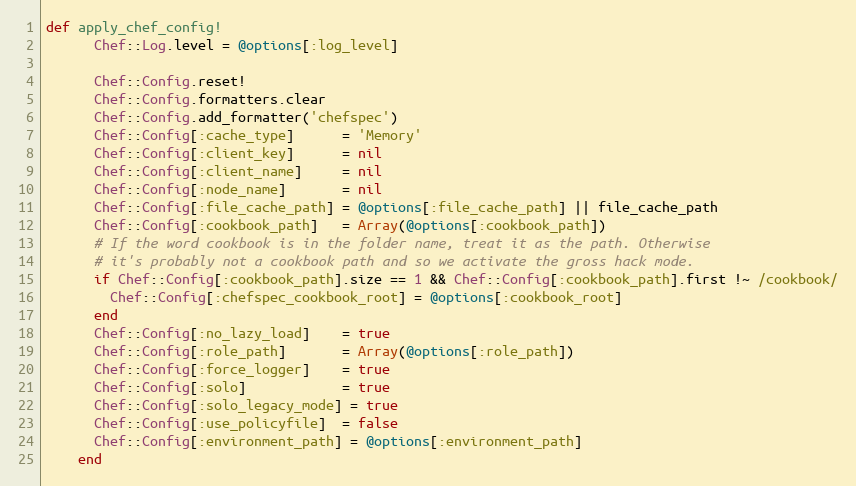
Language: Ruby
def apply_chef_config!
      Chef::Log.level = @options[:log_level]

      Chef::Config.reset!
      Chef::Config.formatters.clear
      Chef::Config.add_formatter('chefspec')
      Chef::Config[:cache_type]      = 'Memory'
      Chef::Config[:client_key]      = nil
      Chef::Config[:client_name]     = nil
      Chef::Config[:node_name]       = nil
      Chef::Config[:file_cache_path] = @options[:file_cache_path] || file_cache_path
      Chef::Config[:cookbook_path]   = Array(@options[:cookbook_path])
      # If the word cookbook is in the folder name, treat it as the path. Otherwise
      # it's probably not a cookbook path and so we activate the gross hack mode.
      if Chef::Config[:cookbook_path].size == 1 && Chef::Config[:cookbook_path].first !~ /cookbook/
        Chef::Config[:chefspec_cookbook_root] = @options[:cookbook_root]
      end
      Chef::Config[:no_lazy_load]    = true
      Chef::Config[:role_path]       = Array(@options[:role_path])
      Chef::Config[:force_logger]    = true
      Chef::Config[:solo]            = true
      Chef::Config[:solo_legacy_mode] = true
      Chef::Config[:use_policyfile]  = false
      Chef::Config[:environment_path] = @options[:environment_path]
    end